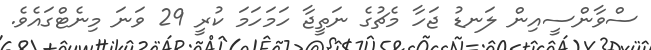
ސްވާންސީއިން ލަނޑު ޖަހާ މެޗުގެ ނަތީޖާ ހަމަހަމަ ކުރީ 29 ވަނަ މިނެޓްގައެވެ.